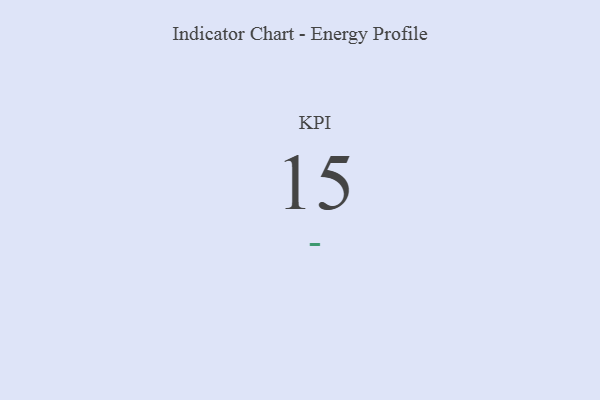
{"axis": {"x": "KPI", "y": "Value"}, "legend": [""], "data": [{"x": "KPI", "y": 15, "type": ""}]}